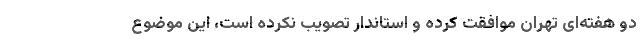
دو هفته‌‌ای تهران موافقت کرده و استاندار تصویب نکرده‌ است، این موضوع